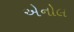
એનોલ